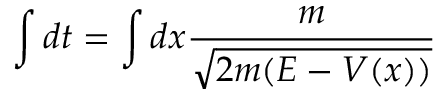
\intop d t = \intop d x \frac { m } { \sqrt { 2 m ( E - V ( x ) ) } }